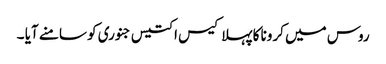
روس میں کرونا کا پہلا کیس ا کتیس جنوری کو سامنے آیا ۔